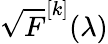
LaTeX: \sqrt{F}^{[k]}(\lambda)